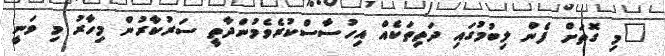
"މި ގޮތަށް ފެން ލިބުމުގައި ދަތިތަކެއް އިހުސާސްކުރެވެމުންދާތީ ސަރުކާރުން މިހާރު މި ވަނީ